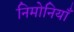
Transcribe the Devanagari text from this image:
निमोनियाँ